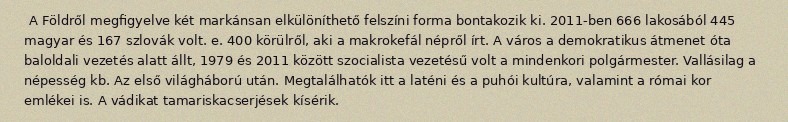
A Földről megfigyelve két markánsan elkülöníthető felszíni forma bontakozik ki. 2011-ben 666 lakosából 445 magyar és 167 szlovák volt. e. 400 körülről, aki a makrokefál népről írt. A város a demokratikus átmenet óta baloldali vezetés alatt állt, 1979 és 2011 között szocialista vezetésű volt a mindenkori polgármester. Vallásilag a népesség kb. Az első világháború után. Megtalálhatók itt a laténi és a puhói kultúra, valamint a római kor emlékei is. A vádikat tamariskacserjések kísérik.